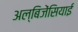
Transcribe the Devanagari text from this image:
अल्बिजेंसियाई